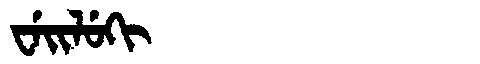
Manchu: ᠸᡝᡳᠯᡠᡴᡳ
Romanization: WEILUKI